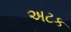
અટક